Vaccination in Bombay 1889-1901 - 1889-1901
Year: 1889
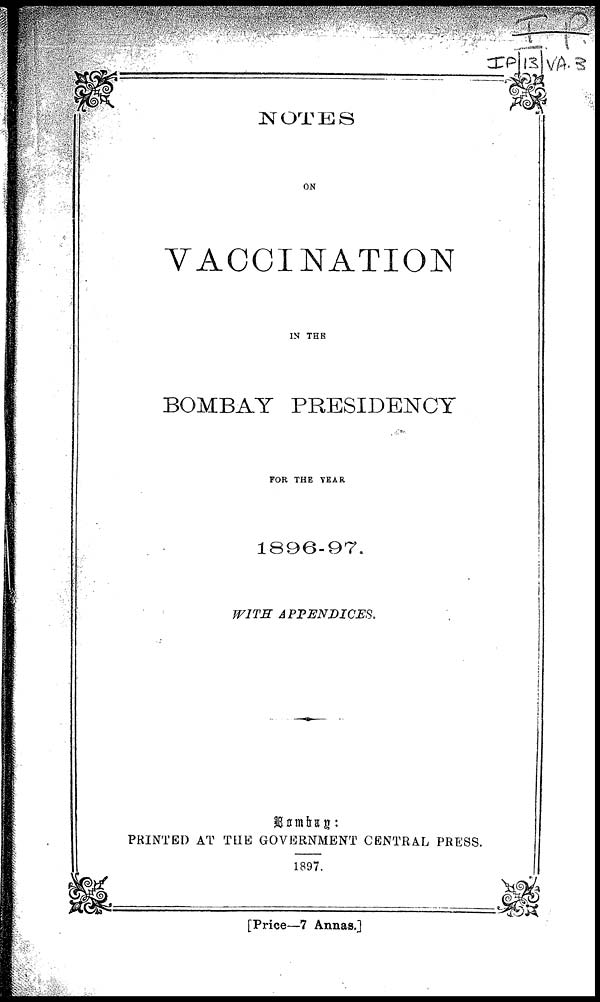
NOTES
ON
VACCINATION
IN THE
BOMBAY PRESIDENCY
FOR THE YEAR
1896-97.
WITH
APPENDICES.
Bombay :
PRINTED AT THE GOVERNMENT CENTRAL PRESS.
1897.
[Price—7 Annas.]